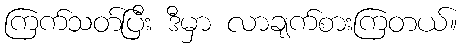
ကြက်သတ်ပြီး ဒီမှာ လာချက်စားကြတယ်။